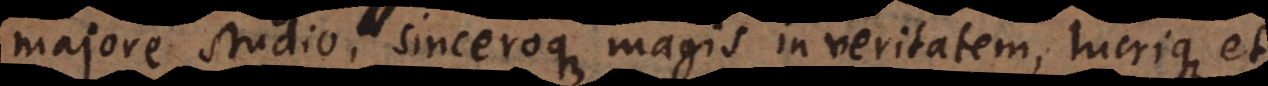
majore studio, sinceroque magis in veritatem, lucrique et